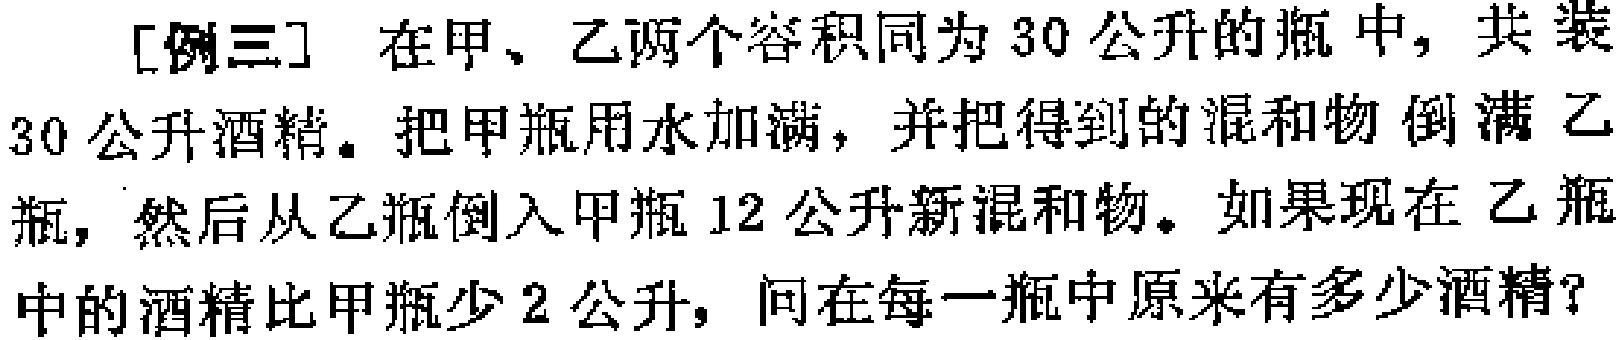
[例三] 在甲、乙两个容积同为 30 公升的瓶中, 共装

30 公升酒精。把甲瓶用水加满, 并把得到的混和物倒满乙

瓶, 然后从乙瓶倒入甲瓶 12 公升新混和物。如果现在 乙瓶

中的酒精比甲瓶少 2 公升, 问在每一瓶中原来有多少酒精?